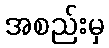
အစည်းမှ